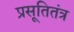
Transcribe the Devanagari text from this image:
प्रसूतितंत्र